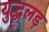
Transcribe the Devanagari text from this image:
युद्धलड़